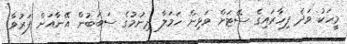
މީހަކު ވަދެ ފިހާރައިގެ ސޭޓަށް ވަޅިން ހަމަލާ ދިނުމުގެ ސަބަބުން އޭނާއަށް ފަރުވާ